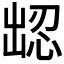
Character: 𪞹